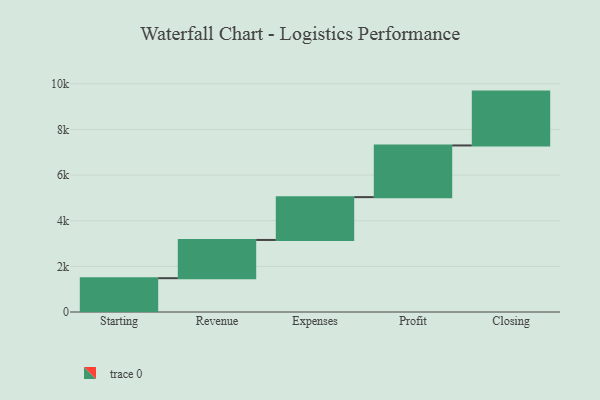
{"axis": {"x": "Step", "y": "Value"}, "legend": [""], "data": [{"x": "Starting", "y": 1481.0, "type": ""}, {"x": "Revenue", "y": 1675.0, "type": ""}, {"x": "Expenses", "y": 1876.0, "type": ""}, {"x": "Profit", "y": 2264.0, "type": ""}, {"x": "Closing", "y": 2359.0, "type": ""}]}